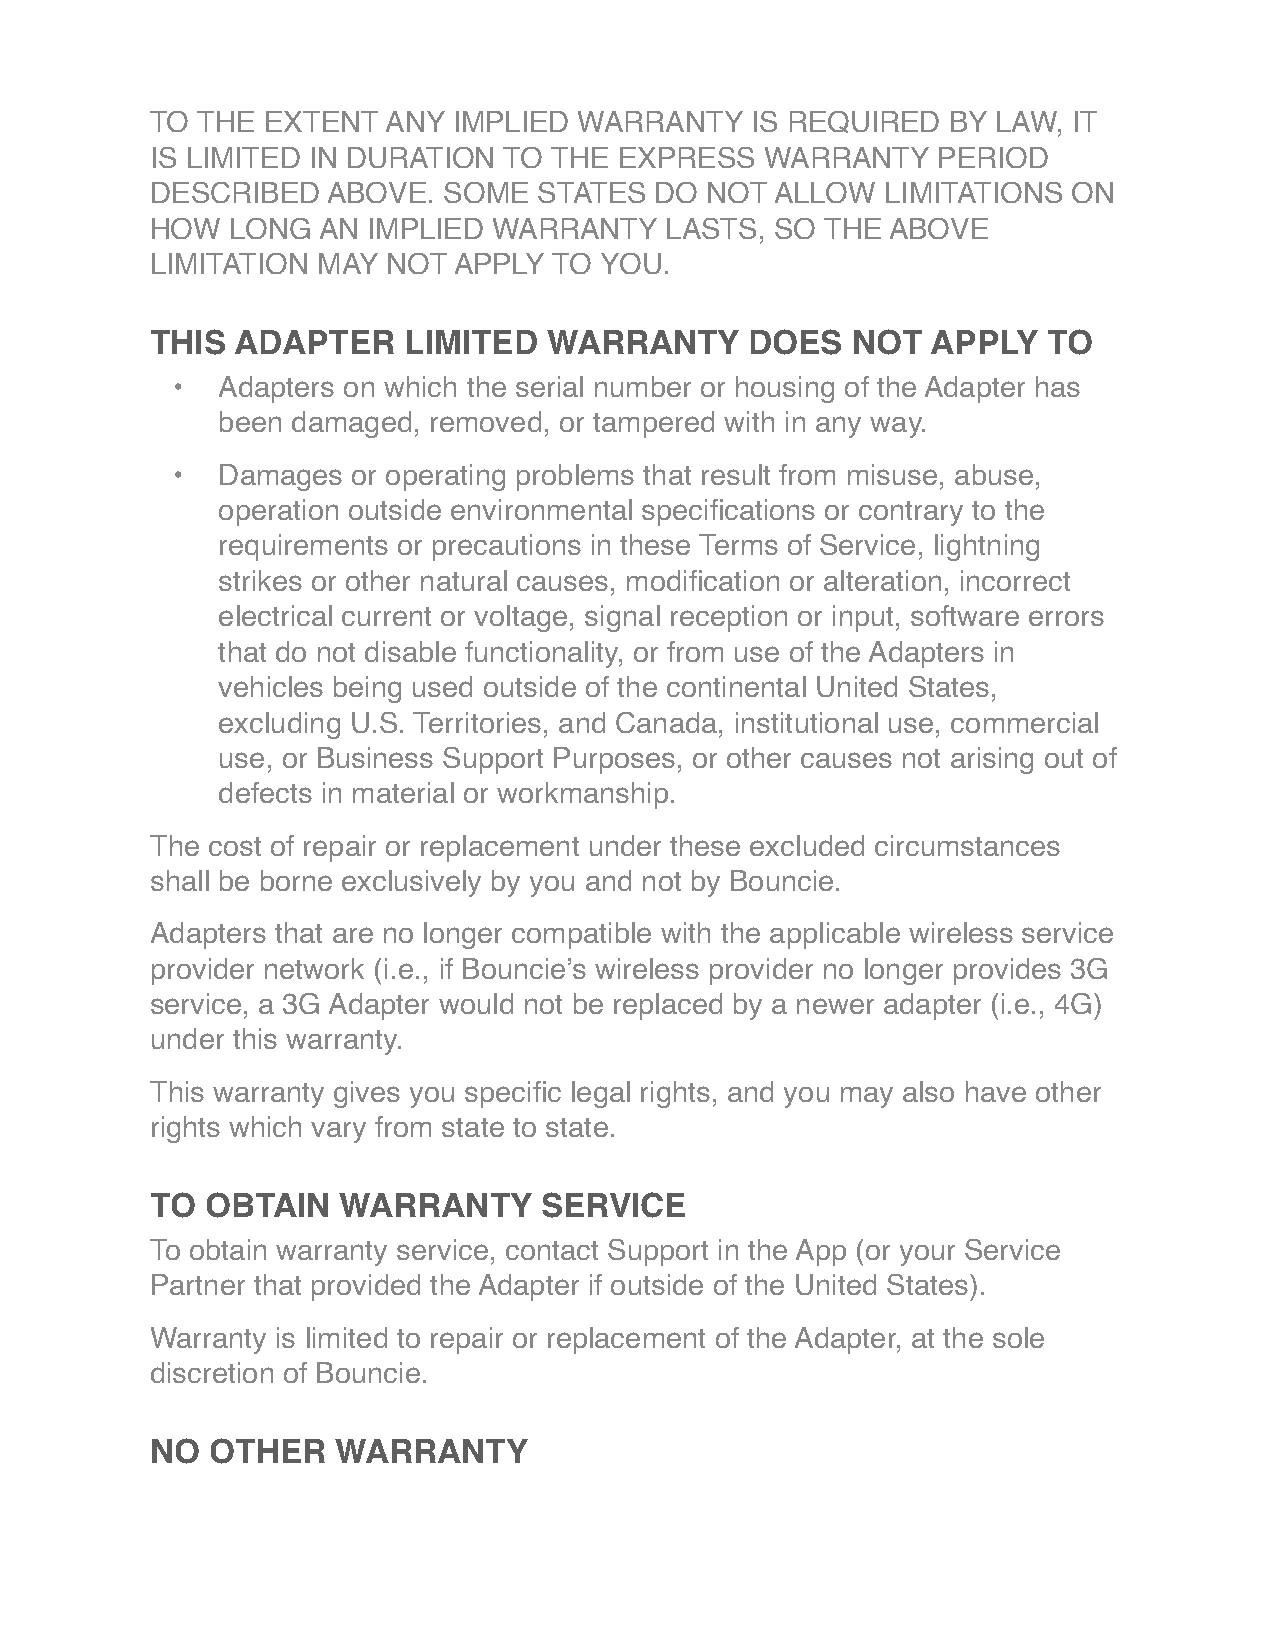
TO THE EXTENT  ANY  IMPLIED WARRANTY    IS REQUIRED  BY LAW, IT
 IS LIMITED IN DURATION TO  THE EXPRESS   WARRANTY   PERIOD
 DESCRIBED   ABOVE. SOME   STATES DO  NOT ALLOW   LIMITATIONS ON
 HOW  LONG  AN IMPLIED  WARRANTY   LASTS, SO  THE ABOVE
 LIMITATION MAY  NOT APPLY  TO YOU.
 THIS ADAPTER     LIMITED  WARRANTY      DOES  NOT   APPLY  TO
 •  Adapters on which the serial number or housing of the Adapter has
 been damaged, removed, or tampered with in any way.
 •  Damages  or operating problems that result from misuse, abuse,
 operation outside environmental specifications or contrary to the
 requirements or precautions in these Terms of Service, lightning
 strikes or other natural causes, modification or alteration, incorrect
 electrical current or voltage, signal reception or input, software errors
 that do not disable functionality, or from use of the Adapters in
 vehicles being used outside of the continental United States,
 excluding U.S. Territories, and Canada, institutional use, commercial
 use, or Business Support Purposes, or other causes not arising out of
 defects in material or workmanship.
 The cost of repair or replacement under these excluded circumstances
 shall be borne exclusively by you and not by Bouncie.
 Adapters that are no longer compatible with the applicable wireless service
 provider network (i.e., if Bouncie’s wireless provider no longer provides 3G
 service, a 3G Adapter would not be replaced by a newer adapter (i.e., 4G)
 under this warranty.
 This warranty gives you specific legal rights, and you may also have other
 rights which vary from state to state.
 TO  OBTAIN  WARRANTY      SERVICE
 To obtain warranty service, contact Support in the App (or your Service
 Partner that provided the Adapter if outside of the United States).
 Warranty is limited to repair or replacement of the Adapter, at the sole
 discretion of Bouncie.
 NO  OTHER   WARRANTY